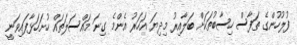
ފުލުހުންގެ ތަފާސް ހިސާބުތަކަށް ބަލާއިރު މިދިޔަ އަހަރު އެންމެ ގިނަ މައްސަލަތައް ހުށަހަޅާފައިވަނީ